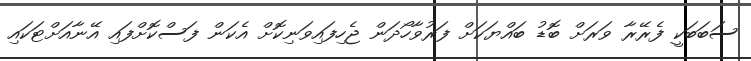
ސަބަބަކީ ފެރޭރާ ވަރަށް ބޮޑު ބައްޔަކަށް ފަރުވާހޯދަން ޖެހިފައިވަނިކޮށް އެކަން ފަސްކޮށްފައި އޭނާއަށްޓަކައި